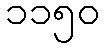
၁၁၅၀